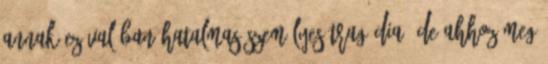
annak ez valóban hatalmas személyes tragédia, de ahhoz meg